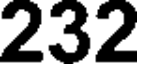
232